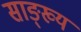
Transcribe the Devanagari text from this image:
साङ्ख्यं